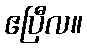
ဧပြီလ။